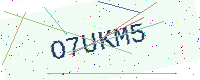
Text: O7UKM5